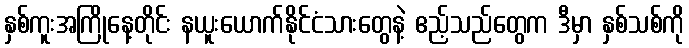
နှစ်ကူးအကြိုနေ့တိုင်း နယူးယောက်နိုင်ငံသားတွေနဲ့ ဧည့်သည်တွေက ဒီမှာ နှစ်သစ်ကို